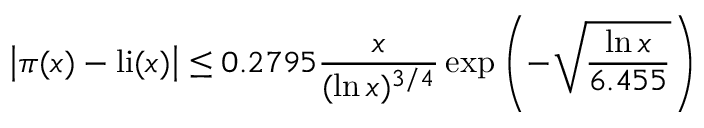
{ \big | } \pi ( x ) - \operatorname { l i } ( x ) { \big | } \leq 0 . 2 7 9 5 { \frac { x } { ( \ln x ) ^ { 3 / 4 } } } \exp \left( - { \sqrt { \frac { \ln x } { 6 . 4 5 5 } } } \right)